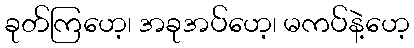
ခုတ်ကြဟေ့၊ အခုအပ်ဟေ့၊ မကပ်နဲ့ဟေ့